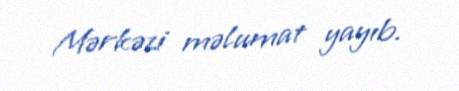
Mərkəzi məlumat yayıb.